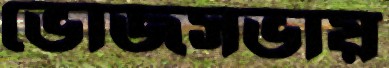
ভোজসভায়